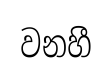
වනහී